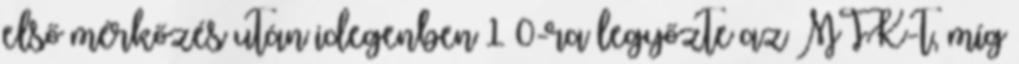
első mérkőzés után idegenben 1–0-ra legyőzte az MTK-t, míg